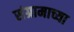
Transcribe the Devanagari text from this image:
संग्रामाच्या